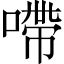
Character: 㗣